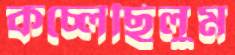
কচ্‌লেছিলুম